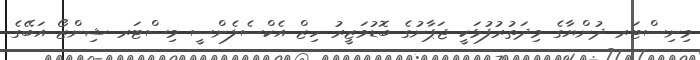
މިނިސްޓަރ ދުންޔާގެ މިދަތުރުފުޅަކީ ޖަޕާނުގެ ބޮޑުވަޒީރު ހިޒް އެކްސެލެންސީ މިސްޓަރ ޝިންޒޯ އަބޭގެ